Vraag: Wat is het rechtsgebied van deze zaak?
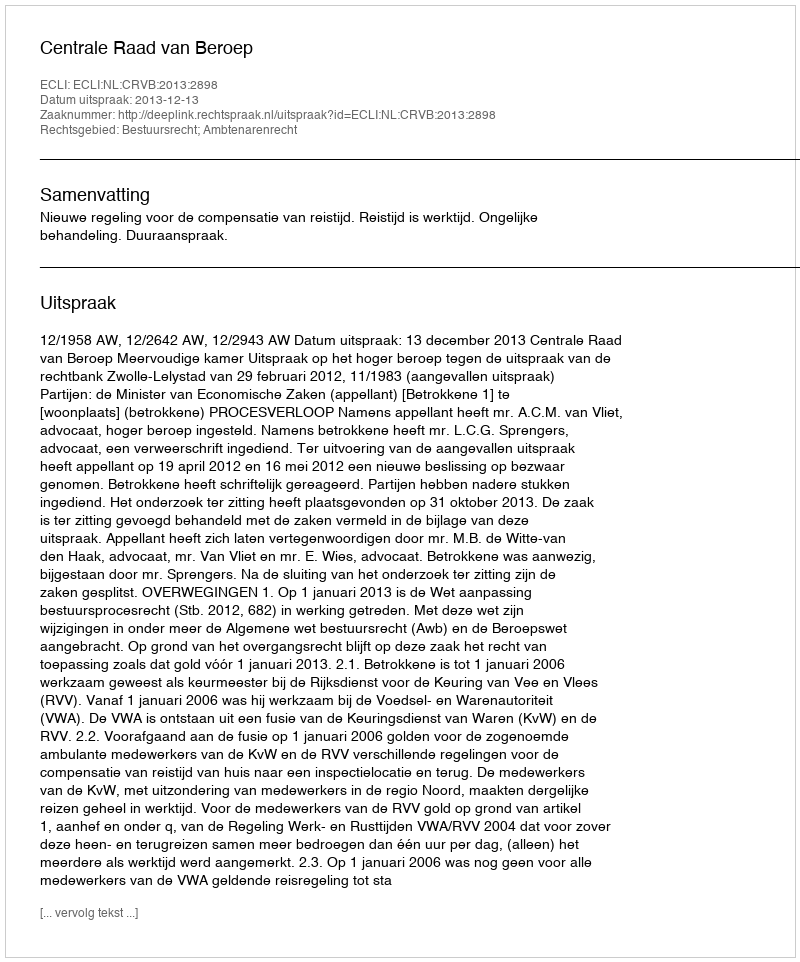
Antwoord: Bestuursrecht; Ambtenarenrecht